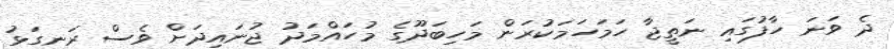
ދެ ވަނަ ހާފުގައި ނަތީޖާ ހަމަހަމަކުރަން މަހިބަދޫގެ މުހައްމަދު ޖުނައިދަށް ވެސް ރަނގަޅު